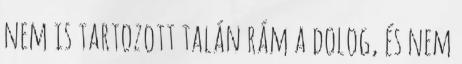
nem is tartozott talán rám a dolog, és nem